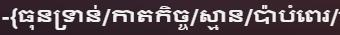
-{ធុនទ្រាន់/កាតកិច្ច/ស្មាន/ប៉ាបំពេរ/